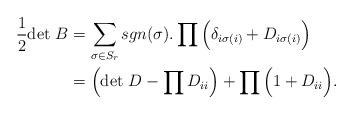
LaTeX: \begin{align*}\frac{1}{2}\mbox{det } B &= \sum_{\sigma\in S_r} sgn(\sigma) . \prod \Big(\delta_{i\sigma(i)} + D_{i\sigma(i)}\Big)\\ &= \left(\mbox{det }D - \prod D_{ii}\right) + \prod\Big(1+D_{ii}\Big). \end{align*}